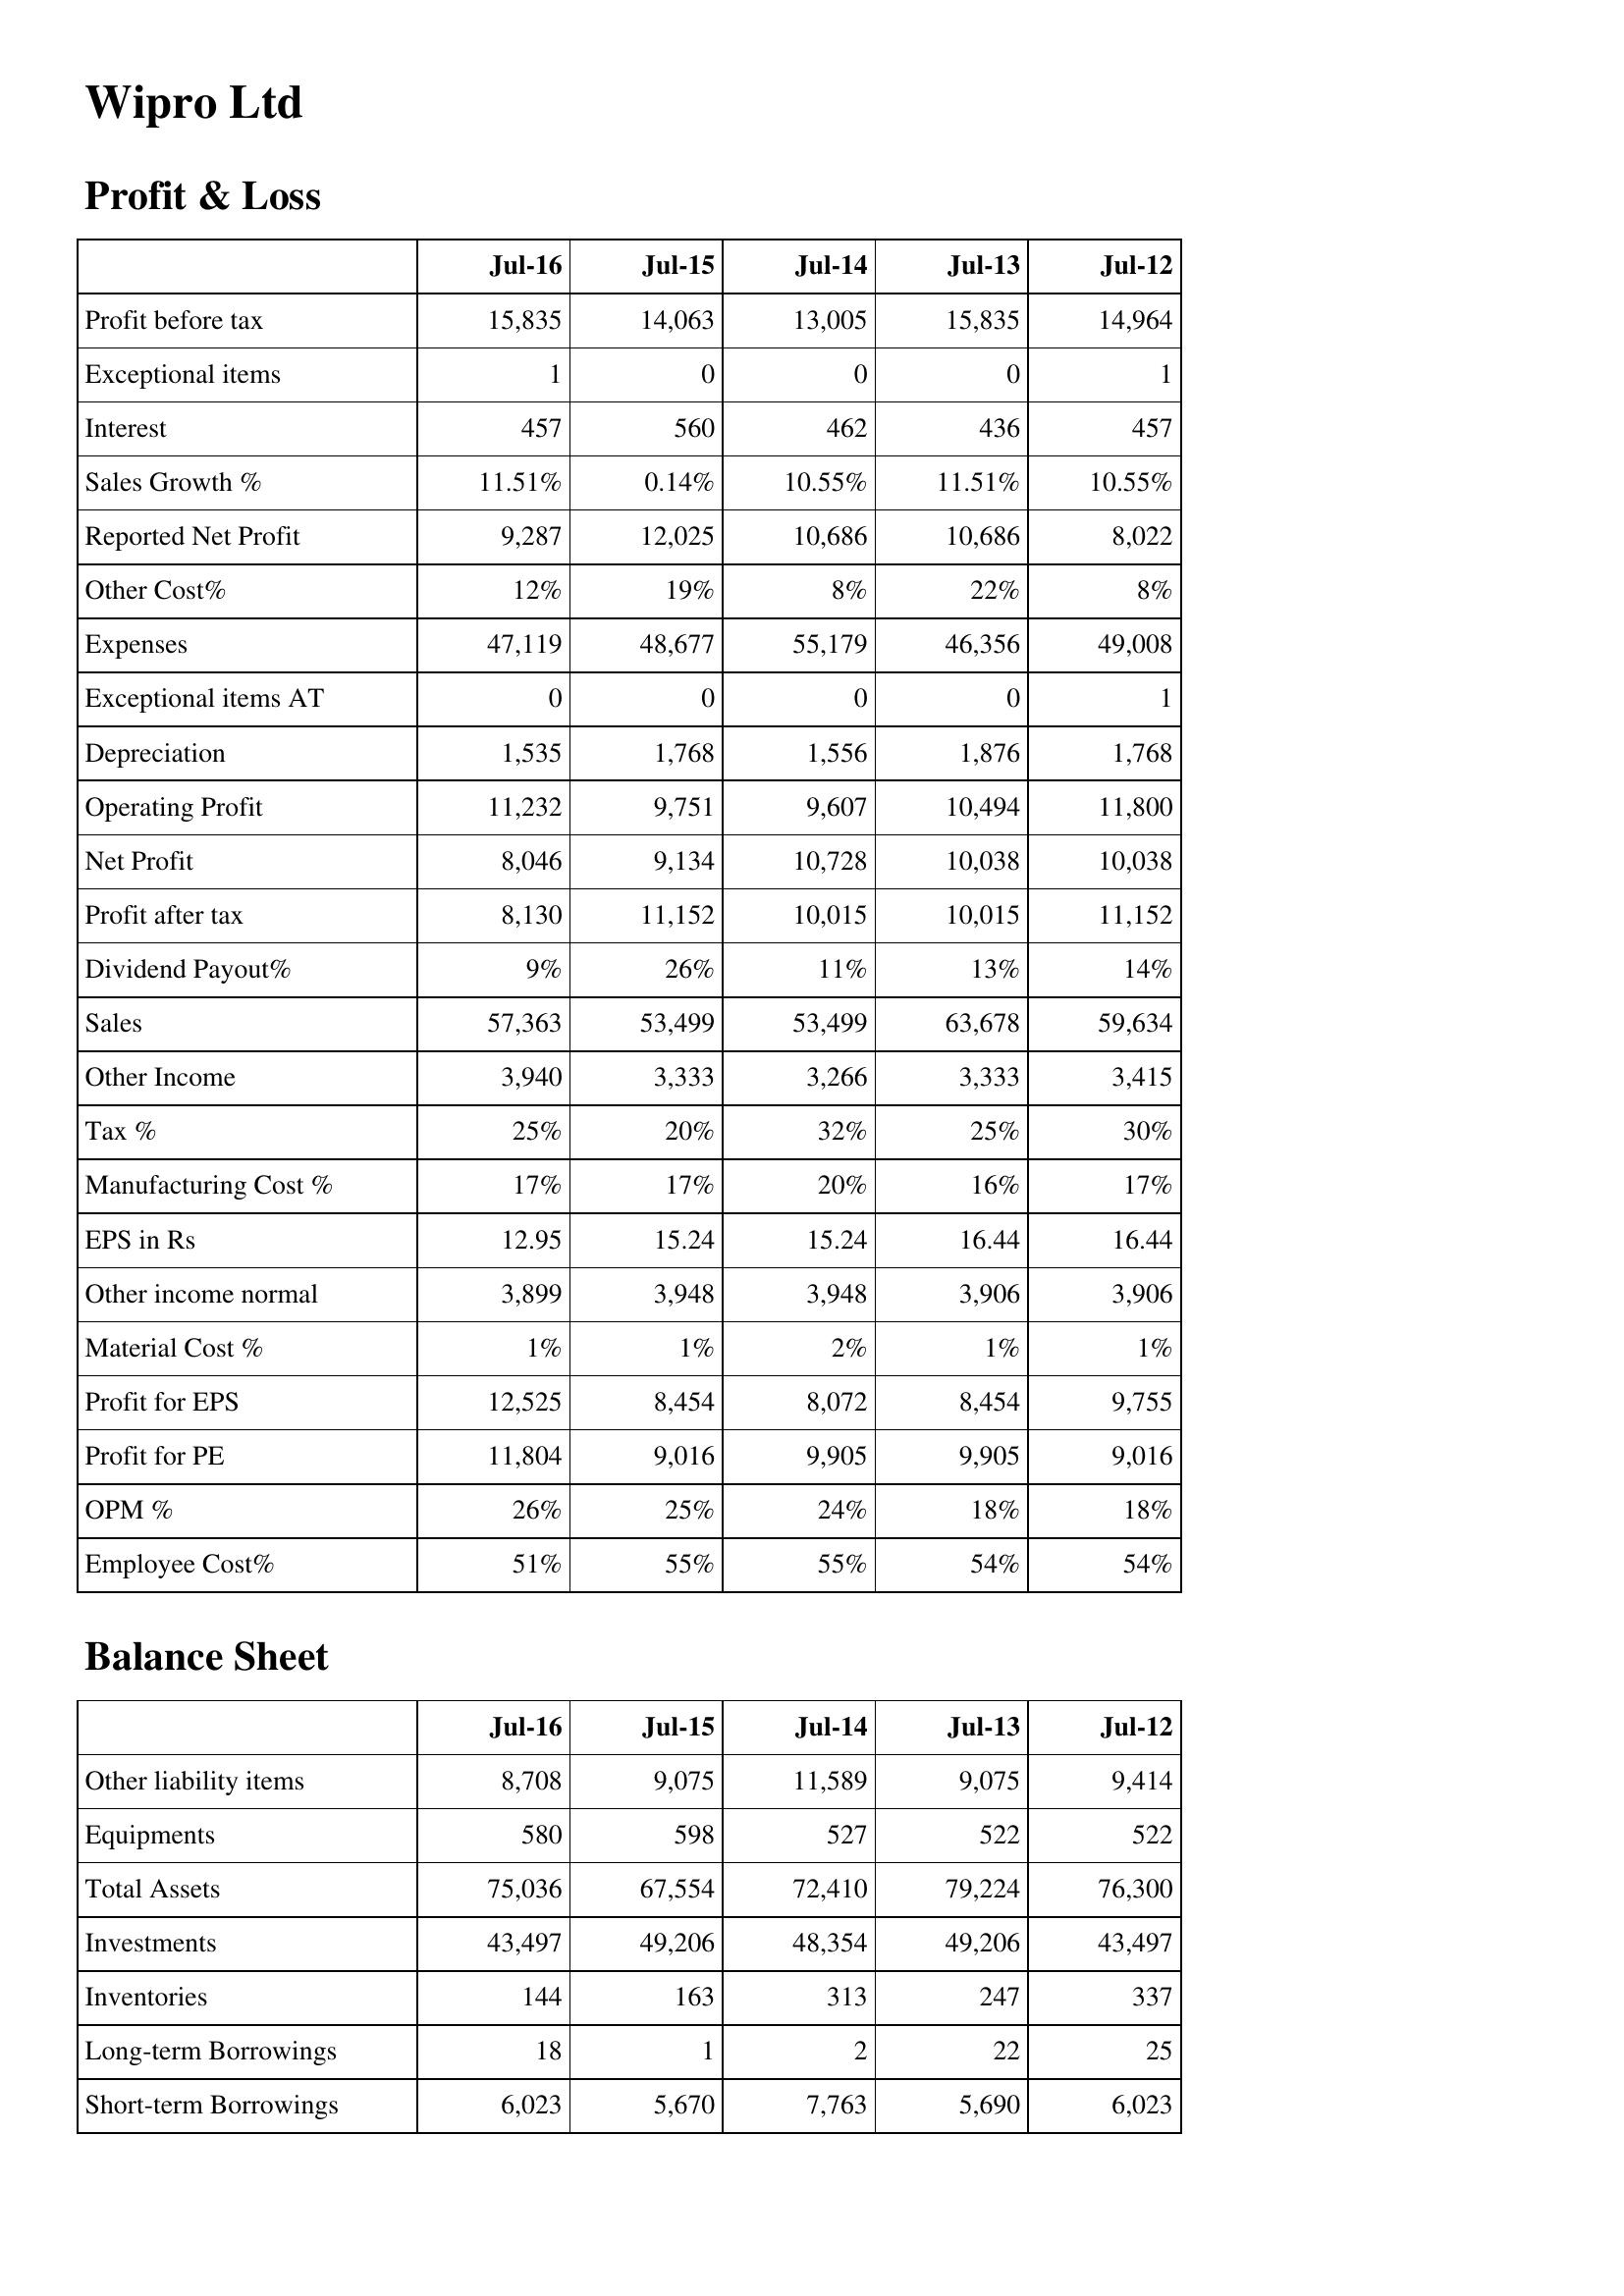
Jul-16: Profit & Loss: Profit before tax: 15,835
Exceptional items: 1
Interest: 457
Sales Growth %: 11.51%
Reported Net Profit: 9,287
Other Cost%: 12%
Expenses: 47,119
Exceptional items AT: 0
Depreciation: 1,535
Operating Profit: 11,232
Net Profit: 8,046
Profit after tax: 8,130
Dividend Payout%: 9%
Sales: 57,363
Other Income: 3,940
Tax %: 25%
Manufacturing Cost %: 17%
EPS in Rs: 12.95
Other income normal: 3,899
Material Cost %: 1%
Profit for EPS: 12,525
Profit for PE: 11,804
OPM %: 26%
Employee Cost%: 51%
Balance Sheet: Other liability items: 8,708
Equipments: 580
Total Assets: 75,036
Investments: 43,497
Inventories: 144
Long-term Borrowings: 18
Short-term Borrowings: 6,023
Jul-15: Profit & Loss: Profit before tax: 14,063
Exceptional items: 0
Interest: 560
Sales Growth %: 0.14%
Reported Net Profit: 12,025
Other Cost%: 19%
Expenses: 48,677
Exceptional items AT: 0
Depreciation: 1,768
Operating Profit: 9,751
Net Profit: 9,134
Profit after tax: 11,152
Dividend Payout%: 26%
Sales: 53,499
Other Income: 3,333
Tax %: 20%
Manufacturing Cost %: 17%
EPS in Rs: 15.24
Other income normal: 3,948
Material Cost %: 1%
Profit for EPS: 8,454
Profit for PE: 9,016
OPM %: 25%
Employee Cost%: 55%
Balance Sheet: Other liability items: 9,075
Equipments: 598
Total Assets: 67,554
Investments: 49,206
Inventories: 163
Long-term Borrowings: 1
Short-term Borrowings: 5,670
Jul-14: Profit & Loss: Profit before tax: 13,005
Exceptional items: 0
Interest: 462
Sales Growth %: 10.55%
Reported Net Profit: 10,686
Other Cost%: 8%
Expenses: 55,179
Exceptional items AT: 0
Depreciation: 1,556
Operating Profit: 9,607
Net Profit: 10,728
Profit after tax: 10,015
Dividend Payout%: 11%
Sales: 53,499
Other Income: 3,266
Tax %: 32%
Manufacturing Cost %: 20%
EPS in Rs: 15.24
Other income normal: 3,948
Material Cost %: 2%
Profit for EPS: 8,072
Profit for PE: 9,905
OPM %: 24%
Employee Cost%: 55%
Balance Sheet: Other liability items: 11,589
Equipments: 527
Total Assets: 72,410
Investments: 48,354
Inventories: 313
Long-term Borrowings: 2
Short-term Borrowings: 7,763
Jul-13: Profit & Loss: Profit before tax: 15,835
Exceptional items: 0
Interest: 436
Sales Growth %: 11.51%
Reported Net Profit: 10,686
Other Cost%: 22%
Expenses: 46,356
Exceptional items AT: 0
Depreciation: 1,876
Operating Profit: 10,494
Net Profit: 10,038
Profit after tax: 10,015
Dividend Payout%: 13%
Sales: 63,678
Other Income: 3,333
Tax %: 25%
Manufacturing Cost %: 16%
EPS in Rs: 16.44
Other income normal: 3,906
Material Cost %: 1%
Profit for EPS: 8,454
Profit for PE: 9,905
OPM %: 18%
Employee Cost%: 54%
Balance Sheet: Other liability items: 9,075
Equipments: 522
Total Assets: 79,224
Investments: 49,206
Inventories: 247
Long-term Borrowings: 22
Short-term Borrowings: 5,690
Jul-12: Profit & Loss: Profit before tax: 14,964
Exceptional items: 1
Interest: 457
Sales Growth %: 10.55%
Reported Net Profit: 8,022
Other Cost%: 8%
Expenses: 49,008
Exceptional items AT: 1
Depreciation: 1,768
Operating Profit: 11,800
Net Profit: 10,038
Profit after tax: 11,152
Dividend Payout%: 14%
Sales: 59,634
Other Income: 3,415
Tax %: 30%
Manufacturing Cost %: 17%
EPS in Rs: 16.44
Other income normal: 3,906
Material Cost %: 1%
Profit for EPS: 9,755
Profit for PE: 9,016
OPM %: 18%
Employee Cost%: 54%
Balance Sheet: Other liability items: 9,414
Equipments: 522
Total Assets: 76,300
Investments: 43,497
Inventories: 337
Long-term Borrowings: 25
Short-term Borrowings: 6,023